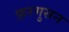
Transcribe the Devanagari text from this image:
फ़रगुसन